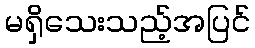
မရှိသေးသည့်အပြင်